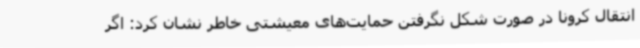
انتقال کرونا در صورت شکل نگرفتن حمایت‌های معیشتی خاطر نشان کرد: اگر